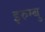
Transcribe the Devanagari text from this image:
इरुम्बु